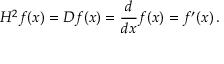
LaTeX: H ^ { 2 } f ( x ) = D f ( x ) = { \frac { d } { d x } } f ( x ) = f ^ { \prime } ( x ) \, .